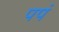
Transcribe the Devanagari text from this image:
पपं